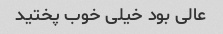
عالی بود خیلی خوب پختید